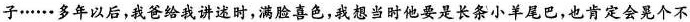
子……多年以后，我爸给我讲述时，满脸喜色，我想当时他要是长条小羊尾巴，也肯定会晃个不